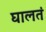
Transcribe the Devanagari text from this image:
घालतं